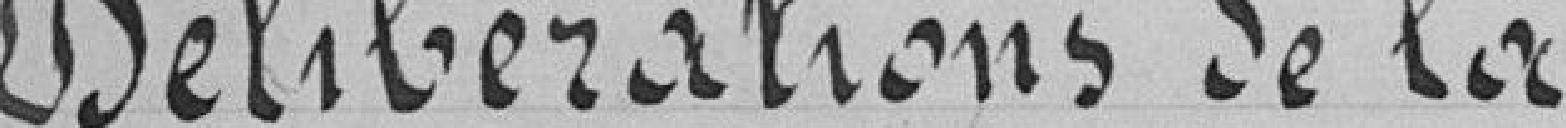
Délibérations de la